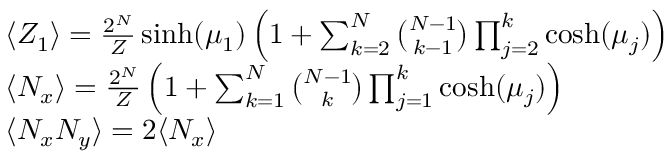
\begin{array} { r l } & { { \langle Z _ { 1 } \rangle } = \frac { 2 ^ { N } } { Z } \sinh ( \mu _ { 1 } ) \left( 1 + \sum _ { k = 2 } ^ { N } \binom { N - 1 } { k - 1 } \prod _ { j = 2 } ^ { k } \cosh ( \mu _ { j } ) \right) } \\ & { { \langle N _ { x } \rangle } = \frac { 2 ^ { N } } { Z } \left( 1 + \sum _ { k = 1 } ^ { N } \binom { N - 1 } { k } \prod _ { j = 1 } ^ { k } \cosh ( \mu _ { j } ) \right) } \\ & { { \langle N _ { x } N _ { y } \rangle } = 2 { \langle N _ { x } \rangle } } \end{array}